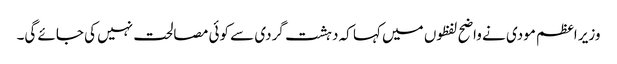
وزیر اعظم مودی نے واضح لفظوں میں کہا کہ دہشت گردی سے کوئی مصالحت نہیں کی جائے گی۔